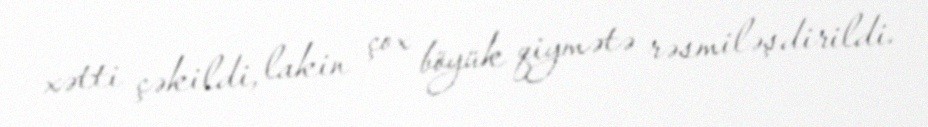
xətti çəkildi, lakin çox böyük qiymətə rəsmiləşdirildi.